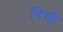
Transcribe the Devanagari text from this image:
मिची